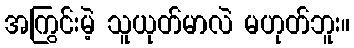
အကြွင်းမဲ့ သူယုတ်မာလဲ မဟုတ်ဘူး။